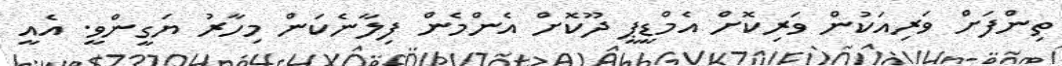
ތިންފަށް ވަރިއަކުން ވަރިކޮށް އެމްޑީޕީ ދޫކޮށް އެންމެން ފިލާނެކަން މިހާރު ޔަގީންވީ. އެއީ